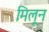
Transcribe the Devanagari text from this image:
मिलून